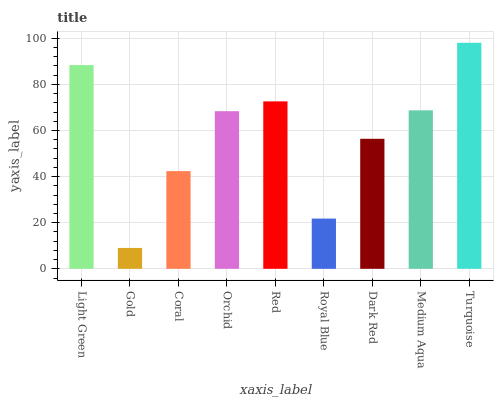
| xaxis_label | bars |
 | --- | --- |
 | Light Green | 88.4 |
 | Gold | 9.05 |
 | Coral | 42.4 |
 | Orchid | 68.4 |
 | Red | 72.6 |
 | Royal Blue | 21.8 |
 | Dark Red | 56.4 |
 | Medium Aqua | 68.7 |
 | Turquoise | 98 |